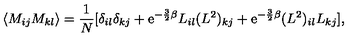
\langle M _ { i j } M _ { k l } \rangle = \frac { 1 } { N } [ \delta _ { i l } \delta _ { k j } + \mathrm { e } ^ { - \frac { 3 } { 2 } \beta } L _ { i l } ( L ^ { 2 } ) _ { k j } + \mathrm { e } ^ { - \frac { 3 } { 2 } \beta } ( L ^ { 2 } ) _ { i l } L _ { k j } ] ,